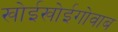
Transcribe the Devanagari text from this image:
खोईखोईगोवाब